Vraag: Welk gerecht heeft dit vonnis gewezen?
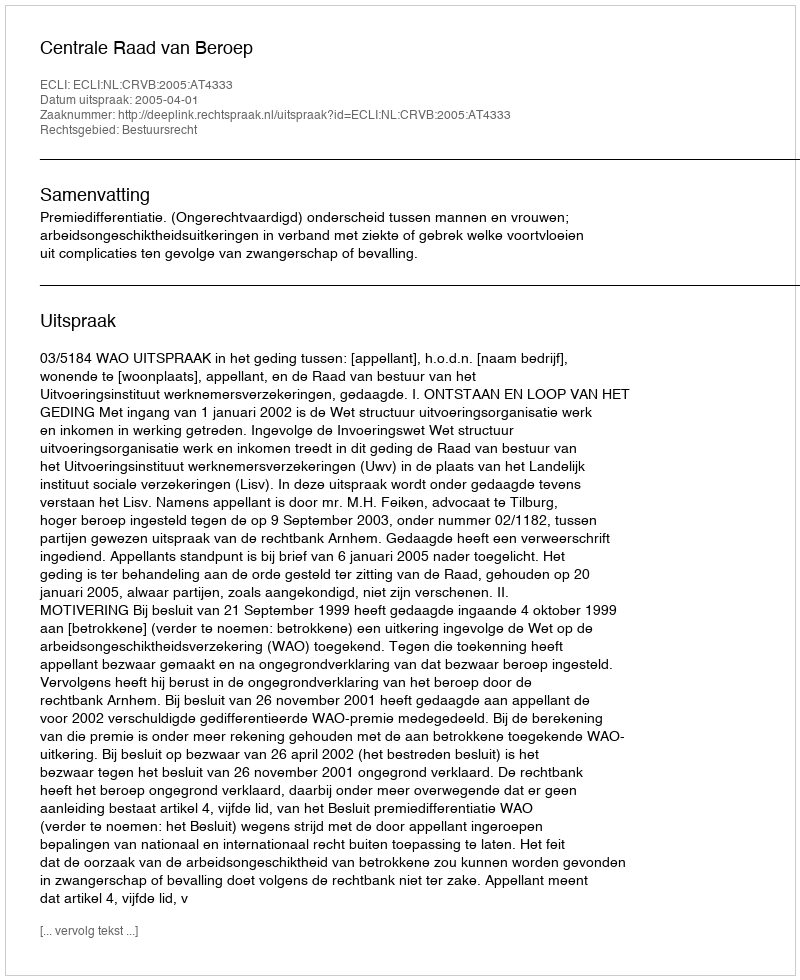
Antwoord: Centrale Raad van Beroep